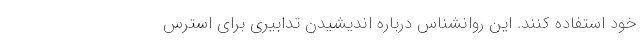
خود استفاده کنند. این روانشناس درباره اندیشیدن تدابیری برای استرس